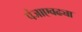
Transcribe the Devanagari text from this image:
पंजाएवढ्या